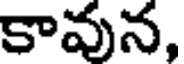
కావున,